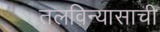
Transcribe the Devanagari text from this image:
तलविन्यासाची